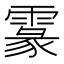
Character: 𩄖